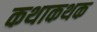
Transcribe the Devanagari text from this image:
कथाकथक